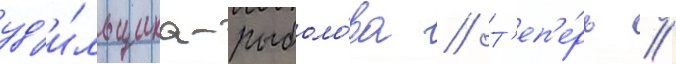
уд'и́льщика-рыболо́ва // Т'еп'е́рь /